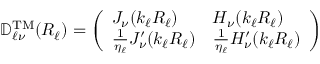
\mathbb { D } _ { \ell \nu } ^ { \mathrm { T M } } ( R _ { \ell } ) = \left( \begin{array} { l l } { J _ { \nu } ( k _ { \ell } R _ { \ell } ) } & { H _ { \nu } ( k _ { \ell } R _ { \ell } ) } \\ { \frac { 1 } { \eta _ { \ell } } J _ { \nu } ^ { \prime } ( k _ { \ell } R _ { \ell } ) } & { \frac { 1 } { \eta _ { \ell } } H _ { \nu } ^ { \prime } ( k _ { \ell } R _ { \ell } ) } \end{array} \right)